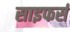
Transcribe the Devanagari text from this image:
साइफर्स